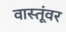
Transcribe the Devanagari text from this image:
वास्तूंवर